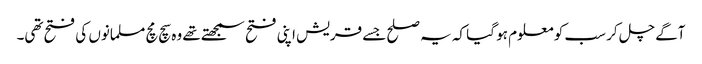
آگے چل کر سب کو معلوم ہو گیا کہ یہ صلح جسے قریش اپنی فتح سمجھتے تھے وہ سچ مچ مسلمانوں کی فتح تھی۔